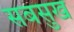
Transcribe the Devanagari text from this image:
सबसुख